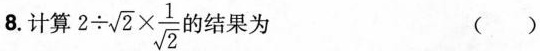
8.计算2\div\sqrt{2}\times\frac{1}{\sqrt{2}}的结果为 （ ）